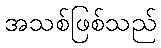
အသစ်ဖြစ်သည်